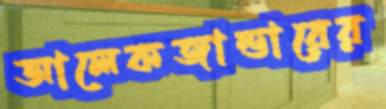
আলেকজান্ডারের